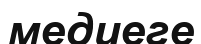
медиеге